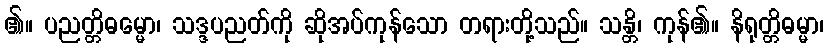
၏။ ပညတ္တိဓမ္မော၊ သဒ္ဒပညတ်ကို ဆိုအပ်ကုန်သော တရားတို့သည်။ သန္တိ၊ ကုန်၏။ နိရုတ္တိဓမ္မာ၊